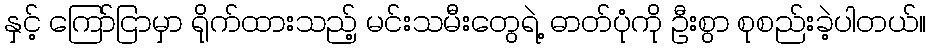
နှင့် ကြော်ငြာမှာ ရိုက်ထားသည့် မင်းသမီးတွေရဲ့ ဓာတ်ပုံကို ဦးစွာ စုစည်းခဲ့ပါတယ်။